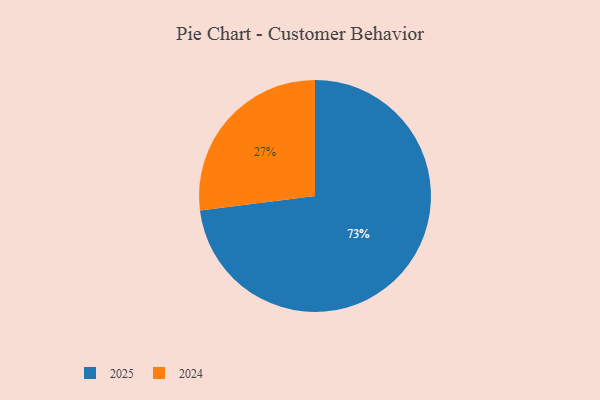
{"axis": {"x": "Category", "y": "Percentage"}, "legend": ["2024", "2025"], "data": [{"x": "2025", "y": 73, "type": "2025"}, {"x": "2024", "y": 27, "type": "2024"}]}